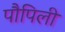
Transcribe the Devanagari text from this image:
पौपिली